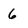
Character: 6